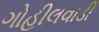
ગોહીલવાડી